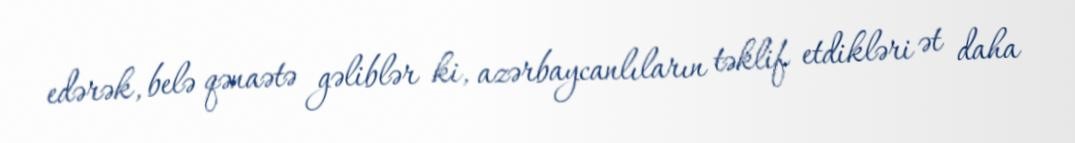
edərək, belə qənaətə gəliblər ki, azərbaycanlıların təklif etdikləri ət daha